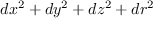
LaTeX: d x ^ { 2 } + d y ^ { 2 } + d z ^ { 2 } + d r ^ { 2 }